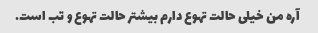
آره من خیلی حالت تهوع دارم بیشتر حالت تهوع و تب است.